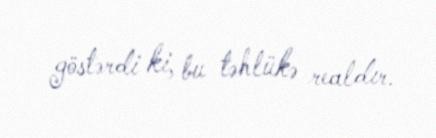
göstərdi ki, bu təhlükə realdır.